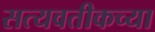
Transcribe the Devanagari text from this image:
सत्यवतीकच्या